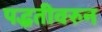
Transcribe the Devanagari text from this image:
पद्धतीवरुन